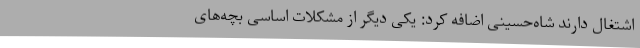
اشتغال دارند شاه‌حسینی اضافه کرد: یکی دیگر از مشکلات اساسی بچه‌های